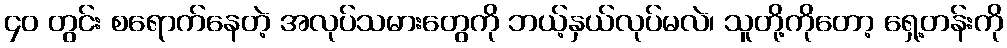
၄၀ တွင်း စရောက်နေတဲ့ အလုပ်သမားတွေကို ဘယ့်နှယ်လုပ်မလဲ၊ သူတို့ကိုတော့ ရှေ့တန်းကို